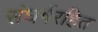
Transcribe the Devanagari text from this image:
संघर्षरहित